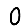
Digit: 0